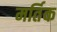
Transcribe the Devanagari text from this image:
मर्तिक